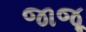
જાજૂ